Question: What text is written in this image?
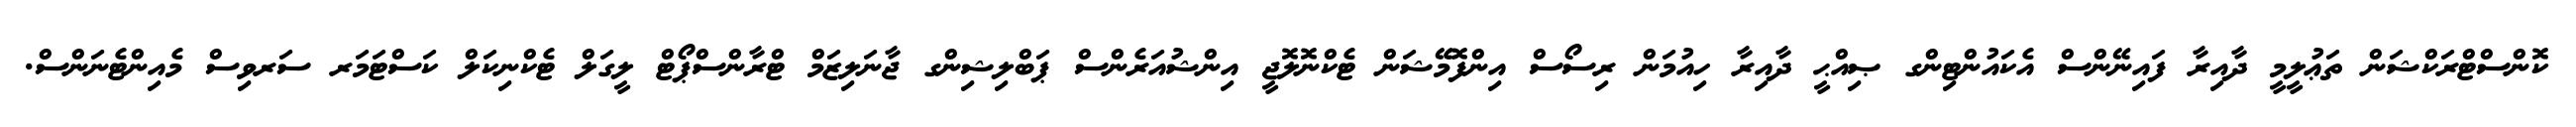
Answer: ކޮންސްޓްރަކްޝަން ތަޢުލީމީ ދާއިރާ ފައިނޭންސް އެކައުންޓިންގ ޞިއްޙީ ދާއިރާ ހިއުމަން ރިސޯސް އިންފޮމޭޝަން ޓެކްނޮލޮޖީ އިންޝުއަރެންސް ޕަބްލިޝިންގ ޖާނަލިޒަމް ޓްރާންސްޕޯޓް ލީގަލް ޓެކްނިކަލް ކަސްޓަމަރ ސަރވިސް މެއިންޓެނަންސް.